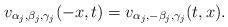
LaTeX: \begin{align*}v_{\alpha_{j}, \beta_{j}, \gamma_{j}}(-x, t) = v_{\alpha_{j}, -\beta_{j}, \gamma_{j}}(t, x).\end{align*}